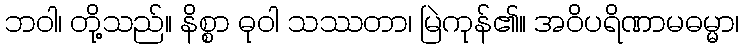
ဘဝါ၊ တို့သည်။ နိစ္စာ ဓုဝါ သဿတာ၊ မြဲကုန်၏။ အဝိပရိဏာမဓမ္မာ၊